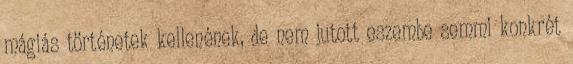
mágiás történetek kellenének, de nem jutott eszembe semmi konkrét